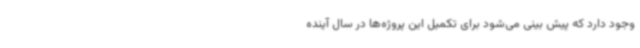
وجود دارد که پیش بینی می‌شود برای تکمیل این پروژه‌ها در سال آینده